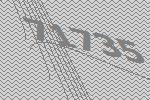
71735